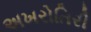
અખરોતિરી